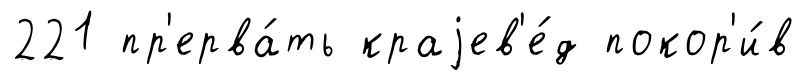
221 пр'ерва́ть краjев'е́д покор'и́в